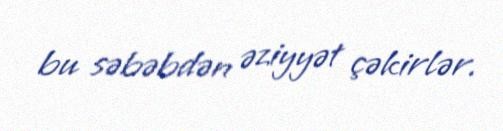
bu səbəbdən əziyyət çəkirlər.